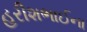
હરીશભાઈના